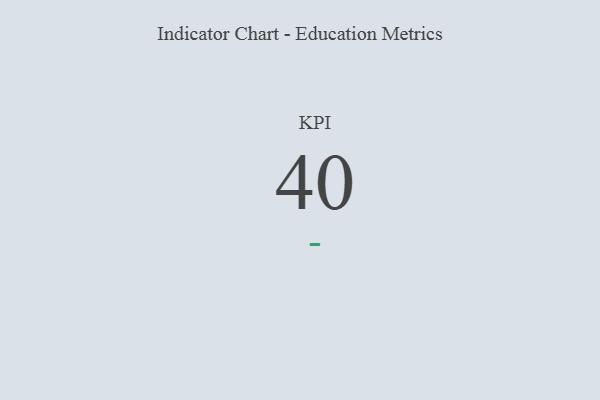
{"axis": {"x": "KPI", "y": "Value"}, "legend": [""], "data": [{"x": "KPI", "y": 40, "type": ""}]}